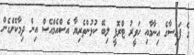
ގެ ފައިސާގެ އިނާމާއި ހަވީރު ޓްރޮފީ ލިބޭ ކުޅުންތެރިޔާ އެސްއެމްއެސް އިން ދިމާކޮށްގެން